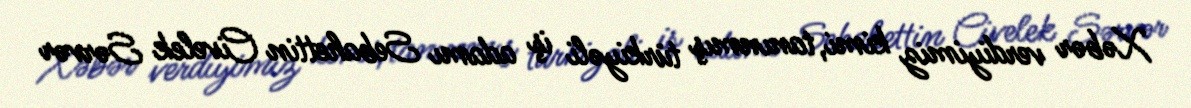
Xəbər verdiyimiz kimi, tanınmış türkiyəli iş adamı Sebahettin Civelek Sərvər